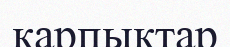
қарпықтар